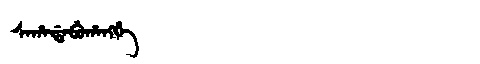
Manchu: ᠰᠠᡥᠠᡩᠠᠪᡠᡥᠠᠩᡤᡝ
Romanization: SAHADABUHANGGE